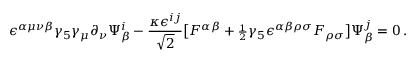
\epsilon ^ { \alpha \mu \nu \beta } \gamma _ { 5 } \gamma _ { \mu } \partial _ { \nu } \Psi _ { \beta } ^ { i } - { \frac { \kappa \epsilon ^ { i j } } { \sqrt 2 } } \big [ F ^ { \alpha \beta } + { \scriptstyle { \frac { 1 } { 2 } } } \gamma _ { 5 } \epsilon ^ { \alpha \beta \rho \sigma } F _ { \rho \sigma } \big ] \Psi _ { \beta } ^ { j } = 0 \, .